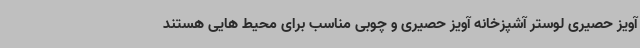
آویز حصیری لوستر آشپزخانه آویز حصیری و چوبی مناسب برای محیط هایی هستند